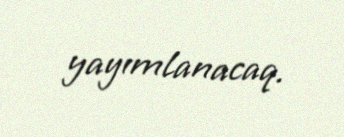
yayımlanacaq.